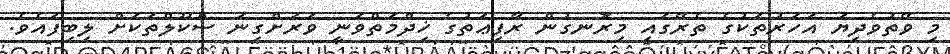
މި ވޭތުވެދިޔަ އަހަރުތަކުގެ ތެރޭގައި މިރޮނގުން ރާފިޢަތުގެ ޚިދްމަތްވަނީ ވަރަށްގިނަ ސްކޫލްތަކަށް ލިބިފައެވެ.